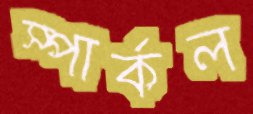
স্পার্কল